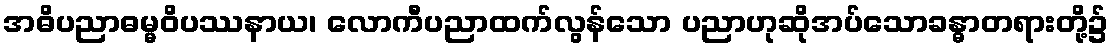
အဓိပညာဓမ္မဝိပဿနာယ၊ လောကီပညာထက်လွန်သော ပညာဟုဆိုအပ်သောခန္ဓာတရားတို့၌